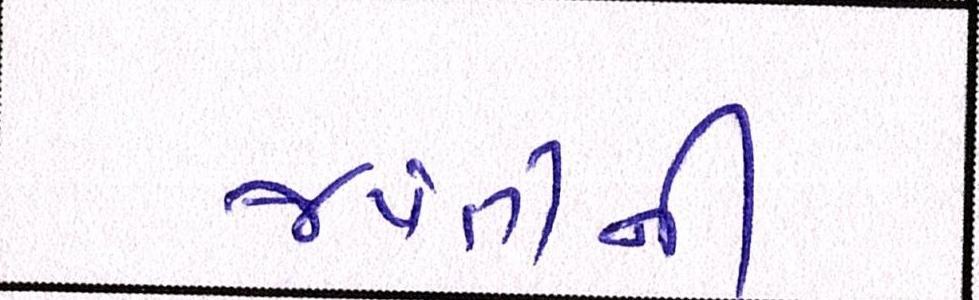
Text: જયંતીની